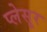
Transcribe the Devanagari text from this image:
प्लेसूर